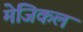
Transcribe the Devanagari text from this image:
मेजिकल